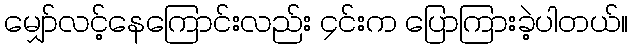
မျှော်လင့်နေကြောင်းလည်း ၄င်းက ပြောကြားခဲ့ပါတယ်။